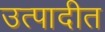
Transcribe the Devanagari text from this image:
उत्पादीत